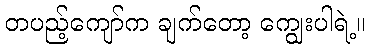
တပည့်ကျော်က ချက်တော့ ကျွေးပါရဲ့။